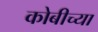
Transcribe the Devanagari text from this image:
कोबीच्या